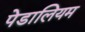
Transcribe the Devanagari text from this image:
पेडालियम